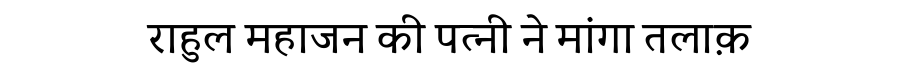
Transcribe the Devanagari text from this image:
राहुल महाजन की पत्नी ने मांगा तलाक़